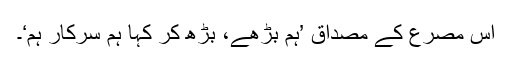
اس مصرع کے مصداق ’ہم بڑھے، بڑھ کر کہا ہم سرکار ہم‘۔